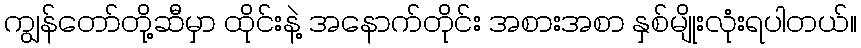
ကျွန်တော်တို့ဆီမှာ ထိုင်းနဲ့ အနောက်တိုင်း အစားအစာ နှစ်မျိုးလုံးရပါတယ်။